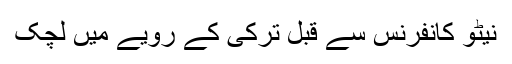
نیٹو کانفرنس سے قبل ترکی کے رویے میں لچک